Veterinary [1904] -
Year: 1904
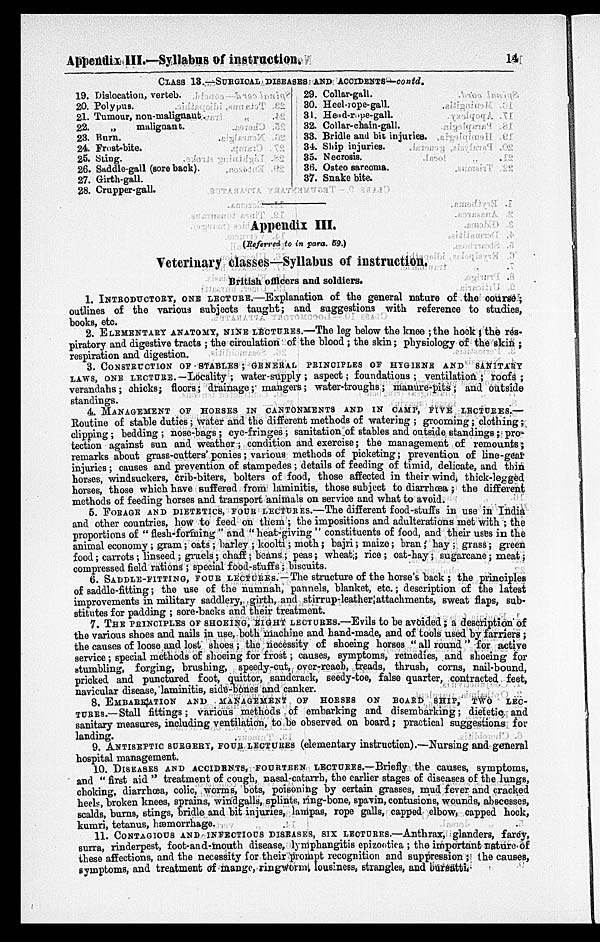
Appendix III.—-Syllabus of instruction.
14
CLASS 13.—SURGICAL DISEASE AND ACCIDETS—contd.
19.
20.
21.
22.
23.
24.
25.
26.
27.
28.
Dislocation, verteb.
Polypus.
Tumour, non-malignant.
„
malignant.
Bur.
Frost-bite.
Sting.
Saddle-gall (sore back).
Girth-gall.
Crupper-gall.
29.
30.
31.
32.
33.
34.
85.
36.
37.
Collar-gall.
Heel-rope-gall.
Head-rope-gall.
Collar-chain-gall.
Bridle and bit injuries.
Ship injuries.
Necrosis.
Osteo sarcoma.
Snake bite.
Appendix III.
(Referred to in para. 59.)
Veterinary classes—Syllabus of instruction.
British officers and soldiers.
1. INTRODUCTORY, ONE LECTURE..—Explanation of the general nature of the course;
outlines of the various subjects taught; and suggestions with reference to studies,
books, etc.
2. ELEMENTARY ANATOMY NINE LECTURES.—The leg below the knee ;the hock ; the res-
piratory and digestive tracts ; the circulation of the blood ; the skin; physiology of the skin ;
respiration and digestion.
3. CONSTRUCTION OF STABLES ; GENERAL PRINCIPLES OF HYGIENE AND SANITARY
LAWS, ONE LECTURE.—Locality ; water-supply; aspect; foundations; ventilation; roofs;
verandahs; chicks; floors; drainage; mangers; water-troughs; manure-pits; and outside
standings.
4. MANAGEMENT OF HORSES IN CANTONMENTS AND IN CAMP,FIVE LECTURES.—
Routine of stable duties; water and the different methods of watering ; grooming; clothing;
clipping ; bedding ; nose-bags; eye-fringes ; sanitation of stables and outside standings; pro-
tection against sun and weather; condition and exercise; the management of remounts;
remarks about grass-cutters' ponies; various methods of picketing; prevention of line-gear
injuries; causes and prevention of stampedes ; details of feeding of timid, delicate, and thin
horses, windsuckers, Crib-biters, bolters of food, those affected in their wind, thick-legged
horses, those which have suffered from laminitis, those subject to diarrhœa ; the different
methods of feeding horses and transport animals on service and what to avoid.
5. FORAGE AND DIETETICS,FOUR LECTURES.—The different food-stuffs in use in India
and other countries, how to feed on them ; the impositions and adulterations met with ; the
proportions of " flesh-forming " and " heat-giving " constituents of food, and their uses in the
animal economy; gram; oats; barley ; koolti; moth ; bajri; maize; bran; hay ; grass; green
food; carrots; linseed ; gruels; chaff; beans ; peas; wheat; rice ; oat-hay; sugarcane; meat;
compressed field rations ; special food-stuffs; biscuits.
6. SADDLE-FITTING, FOUR LECTURES. — The structure of the horse's back ; the principles
of saddle-fitting; the use of the numnah, pannels, blanket, etc.; description of the latest
improvements in military saddlery, girth, and stirrup-leather attachments, sweat flaps, sub-
stitutes for padding ; sore-backs and their treatment.
7. THE PRINCIPLES OF SHOEING, EIGHT LECTURES.—Evils to be avoided; a description of
the various shoes and nails in use, both machine and hand-made, and of tools used by farriers ;
the causes of loose and lost shoes ; the necessity of shoeing horses " all round " for active
service; special methods of shoeing for frost; causes, symptoms, remedies, and shoeing for
stumbling, forging, brushing, speedy-cut, over-reach, treads, thrush, corns, nail-bound,
pricked and punctured foot, quittor, sandcrack, seedy-toe, false quarter, contracted feet,
navicular disease, laminitis, side-bones and canker.
8. EMBARKATION AND MANGEMENT OF HORSE ON BOARD SHIP, TWO LEC-
-----.—Stall
fittings;
various methods of embarking and disembarking; dietetic and
sanitary measures, including ventilation, to be observed on board; practical suggestions for
landing.
9. ANTISEPTIC SURGERY, FOUR LECTURES (elementary instruction).—Nursing and general
hospital management.
10. DISEASE AND ACCIDENTS, FOURTEEN LECTURES.— Briefly the causes, symptoms,
and " first aid " treatment of cough, nasal-catarrh, the earlier stages of diseases of the lungs,
choking, diarrhœa, colic, worms, bots, poisoning by certain grasses, mud fever and cracked
heels, broken knees, sprains, windgalls, splints, ring-bone, spavin, contusions, wounds, abscesses,
scalds, burns, stings, bridle and bit injuries, lampas, rope galls, capped elbow, capped hock,
kumri, tetanus, hæmorrhage.
11. CONTAGIOUS AND INFECTIOUS DISEASE, SIX LECTURES.—Anthrax, glanders, farcy,
surra, rinderpest, foot-and-mouth disease, lymphangitis epizootica ; the important nature of
these affections, and the necessity for their prompt recognition and suppression ; the causes,
symptoms, and treatment of mange, ringworm, lousiness, strangles, and bursatti.